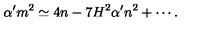
\alpha ^ { \prime } m ^ { 2 } \simeq 4 n - 7 H ^ { 2 } \alpha ^ { \prime } n ^ { 2 } + \cdots .